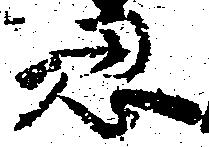
忍